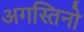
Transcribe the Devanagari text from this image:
अगस्तिनो